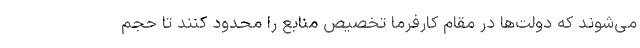
می‌شوند که دولت‌ها در مقام کارفرما تخصیص منابع را محدود کنند تا حجم